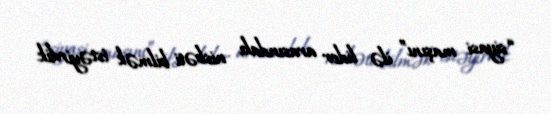
“siyasi maşını” ilə lider arasındakı nisbəti bilmək istəyirdik.